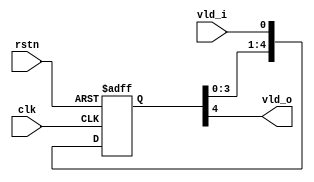
`timescale 1ns / 1ps
module test_delay(
input clk, 
input rstn,
input vld_i,
output vld_o);
    
reg [4:0] vld_d;
wire vld_i_s = vld_i; // Fix a timing synchronizion issue in Vivado
always@(posedge clk, negedge rstn) begin
    if(!rstn) 
        vld_d <= 0;
    else
        vld_d <= {vld_d[3:0], vld_i_s};
        //vld_d <= {vld_d[3:0], vld_i};
end
assign vld_o = vld_d[4];
endmodule